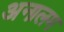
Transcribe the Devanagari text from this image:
अनालम